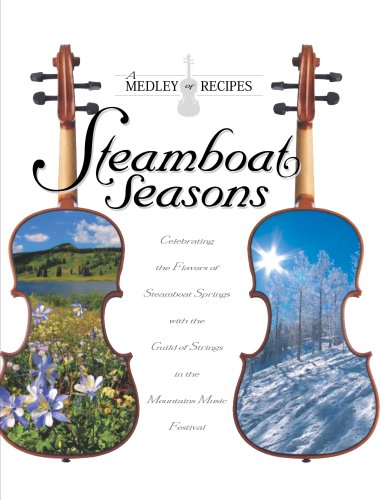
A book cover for Steamboat Seasons: A Medley of Recipes Celebrating the Flavors of Steamboat Springs with Strings in the Mountains Music Festival; Cookbooks, Food & Wine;